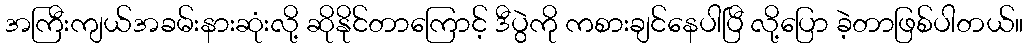
အကြီးကျယ်အခမ်းနားဆုံးလို့ ဆိုနိုင်တာကြောင့် ဒီပွဲကို ကစားချင်နေပါပြီ လို့ပြော ခဲ့တာဖြစ်ပါတယ်။